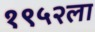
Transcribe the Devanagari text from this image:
१९५२ला